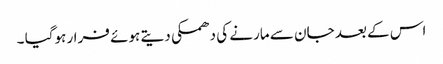
اس کے بعد جان سے مارنے کی دھمکی دیتے ہوئے فرار ہوگیا ۔